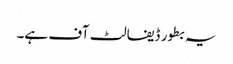
یہ بطور ڈیفالٹ آف ہے۔